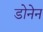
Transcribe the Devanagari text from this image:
डोनेन